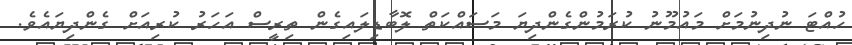
ހުއްޓަ ނުދިނުމަށް މައުމޫނު ކުރަމުންގެންދިޔަ މަސައްކަތް ލޮބާޑިލައިގެން ތިރީސް އަހަރު ކުރިއަށް ގެންދިޔައެވެ.